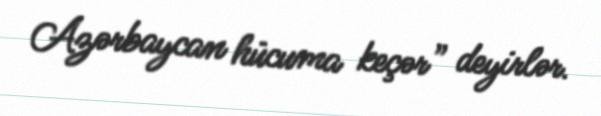
Azərbaycan hücuma keçər” deyirlər.